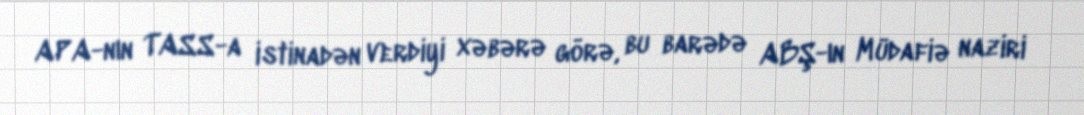
APA-nın TASS-a istinadən verdiyi xəbərə görə, bu barədə ABŞ-ın Müdafiə naziri